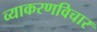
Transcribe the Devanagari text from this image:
व्याकरणविचार